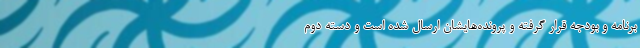
برنامه و بودجه قرار گرفته و پرونده‌هایشان ارسال شده است و دسته دوم